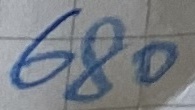
Text: 680